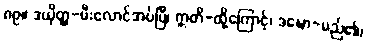
၈၉။ ဒယှိတ္ထ-မီးလောင်အပ်ပြီ၊ ဣတိ-ထို့ကြောင့်၊ ဒဍ္ဎော-မည်၏၊